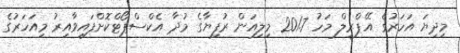
މިދިޔަ އަހަރުގެ އޭޕްރީލް މަހު 201.7 މިލިއަން ރުފިޔާގެ މުދާ އެކްސްޕޯޓްކޮށްފައިވާއިރު މިއަހަރުގެ